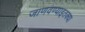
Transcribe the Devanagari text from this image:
जाणवण्याइतक्या